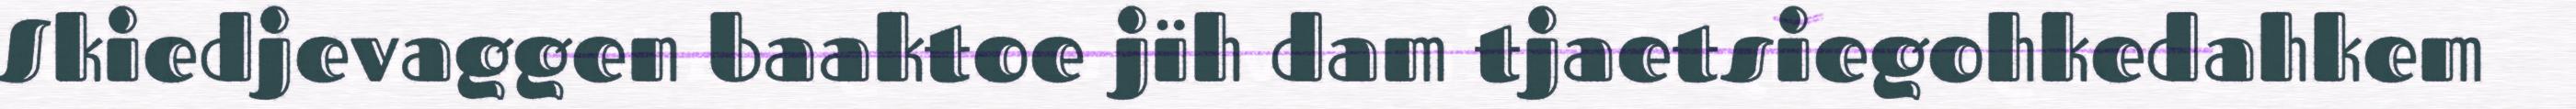
Skiedjevaggen baaktoe jïh dam tjaetsiegohkedahkem